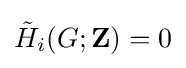
{\tilde {H}}_{i}(G;\mathbf {Z} )=0